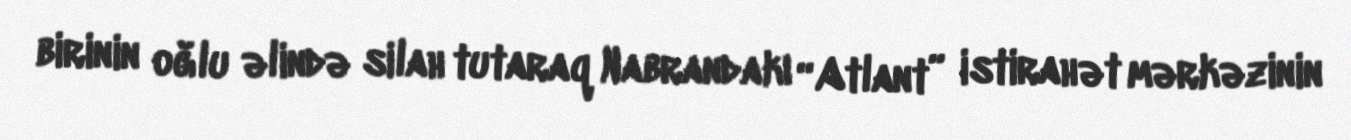
birinin oğlu əlində silah tutaraq Nabrandakı “Atlant” istirahət mərkəzinin